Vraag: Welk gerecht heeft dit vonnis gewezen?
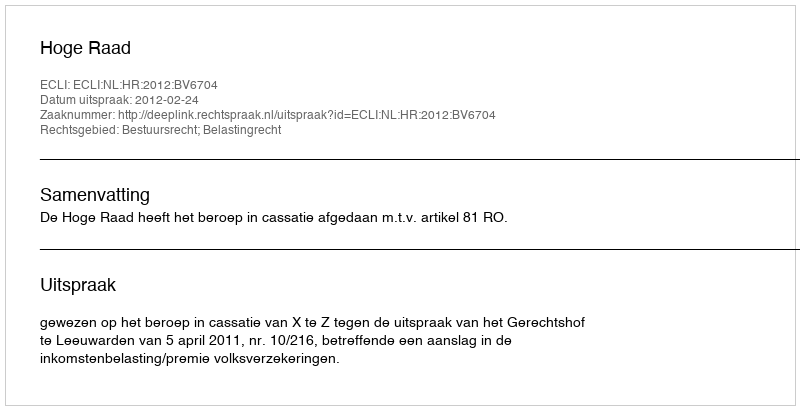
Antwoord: Hoge Raad